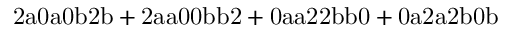
\mathrm { 2 a 0 a 0 b 2 b + 2 a a 0 0 b b 2 + 0 a a 2 2 b b 0 + 0 a 2 a 2 b 0 b }